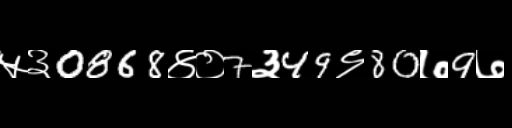
Text: ५३0868४०7३49९80७9७